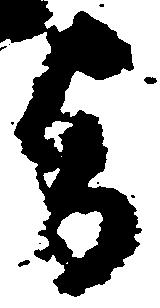
旨